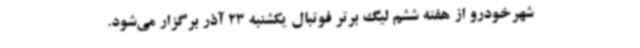
شهرخودرو از هفته ششم لیگ برتر فوتبال یکشنبه 23 آذر برگزار می‌شود.